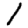
Digit: 1